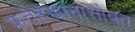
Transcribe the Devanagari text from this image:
फतेहखानासोबत